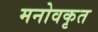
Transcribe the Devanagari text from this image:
मनोवकृत